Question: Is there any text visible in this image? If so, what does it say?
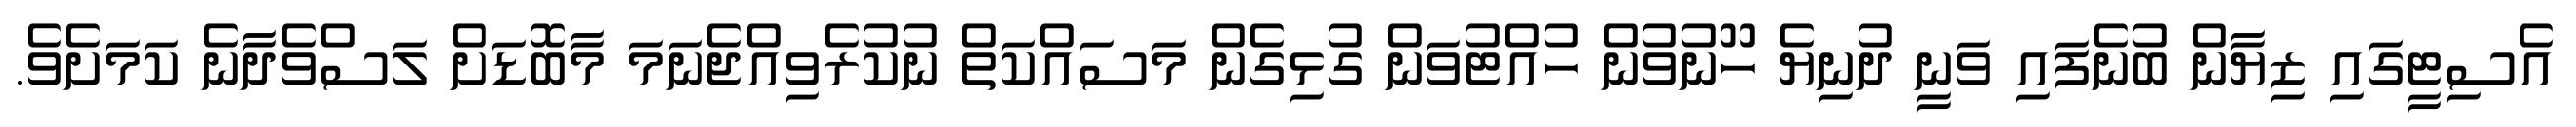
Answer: އެސިޓީގައި ޒިޔާން ބުނެފައި ވަނީ ދުނިޔެ ހޫނުވުން ހުއްޓުވަން ގުޅިގެން މަސައްކަތް ނުކުރެވިއްޖެނަމަ މާބޮޑަށް ލަސްވެދާނެ ކަމަށެވެ.